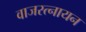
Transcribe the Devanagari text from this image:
वाजरत्नायन